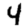
Digit: 4